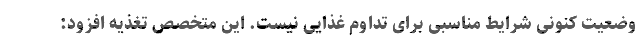
وضعیت کنونی شرایط مناسبی برای تداوم غذایی نیست. این متخصص تغذیه افزود: